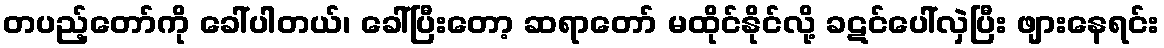
တပည့်တော်ကို ခေါ်ပါတယ်၊ ခေါ်ပြီးတော့ ဆရာတော် မထိုင်နိုင်လို့ ခဋင်ပေါ်လှဲပြီး ဖျားနေရင်း